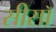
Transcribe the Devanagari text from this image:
सीसॉ